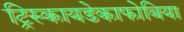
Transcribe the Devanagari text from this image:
ट्रिस्कायडेकाफोबिया